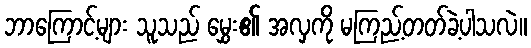
ဘာကြောင့်များ သူသည် မွှေး၏ အလှကို မကြည့်တတ်ခဲ့ပါသလဲ။